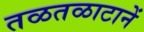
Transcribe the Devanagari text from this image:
तळतळाटानें